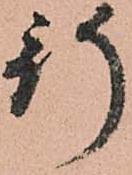
行